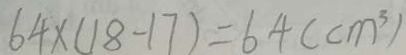
6 4 \times ( 1 8 - 1 7 ) = 6 4 ( c m ^ { 3 } )